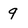
Character: 9